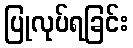
ပြုလုပ်ရခြင်း